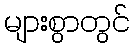
များစွာတွင်